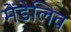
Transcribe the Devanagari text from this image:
मेंडेलिव